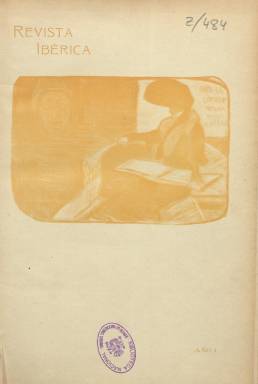
Título: Revista ibérica
Colección: Literatura || Cultura
Ámbito geográfico: Madrid
Lugar de publicación: Madrid
Fechas: 20/07/1902-30/09/1902

“De vida muy breve, es, no obstante, una revista muy interesante para los estudiosos del modernismo” (Celma Valero: 1991), que había quedado, probablemente por esa efímera vida, desconocida, hasta que el profesor Geoffrey Ribbans (1989) la sacó del olvido. Forma parte de la veintena de publicaciones adscritas al modernismo de entre siglos y en la misma se dieron cita unos escritores que entonces “estaban revolucionando el panorama literario español”, y J.J. Maklin (1982) señala que su tono es “marcadamente ecléctico”. Publicará sólo cinco entregas quincenales, desde el 20 de julio al 30 de septiembre de 1902, en pequeño formato y con una cubierta ilustrada dispuesta para encuadernar su colección, que alcanzó las 160 páginas (32 por número). Compuesta a una y dos columnas, salió de la imprenta madrileña de A. Marzo.

Bajo su título indica los asuntos de los que tratará: “literatura, pintura, música, escultura”. Su director, es Francisco Villaespesa Marín (1877-1936), que también dirigió otras revistas del mismo movimiento cultural; secretario de redacción, Pedro González Blanco (1879-1961); gerente, Adolfo R. Corvera, y director artístico, el abogado y dibujante Ricardo Marín (1874-1932), siendo, por tanto, una revista que dará importante y especial cuidado a las ilustraciones con dibujos de una factura, así mismo, experimental. Sus textos son de crítica y de creación literaria y artística, y dado su interés por la cultura europea y la manifestación, en concreto, de la portuguesa –de ahí el epíteto de su título- mostrará un claro cosmopolitismo. Además, tratará en sendos artículos una cuestión fundamental -la educación-, firmados por Francisco Giner de los Ríos (La educación de Filisteo) y Manuel Bartolomé Cossío.

Aparecen publicados poemas de Juan Ramón Jiménez, Antonio Machado, Ramón Pérez de Ayala, Antonio de Zayas, Eduardo Marquina o Manuel Reina, pero también (en portugués) de Silvio Rebello o Ribeiro de Carvalho, así como de J. Merrie. Narraciones, algunas de ellas del género teatral, de José María del Valle Inclán (La reina de Dalicám), Manuel Machado (Colombina), Jacinto Benavente (Intelecto de amor), Julio Lemos o Felipe Trigo (novela erótica), o de los portugueses Eugenio de Castro y Eduardo de Barros Lobo o de Camilo Bargiela (satírica).

Benavente publicará un estudio sobre el teatro de Ibsen; Pérez de Ayala, un esbozo impresionista sobre el poeta Stuart Merrill (traducirá su Poema del crepúsculo); Ángel Guerra, sobre Enrico Corradini; González Blanco, sobre Goethe; Edmundo de Amicis, sobre Gabriel D’Anunnzio; Manuel Cardía, sobre la literatura portuguesa, o el escritor francés Paul Bourget, sobre Flaubert. También Cossío lo hace sobre El Greco (fragmento de un estudio del arte en Toledo, con una fotografía de Laurens [sic]); Alfonso Xavier de Castro, sobre el Museo del Prado; el portugués Manuel Laranjeira, sobre Arte nuevo (contra el simbolismo), o Rafael Altamira. González Blanco firmará el único artículo sobre filosofía.

Rubens Darío publica Responso a Verlaine; Miguel de Unamuno, Autorretrato y El humorismo. Otros autores son Miguel Sarmiento, Nicolás María López, Juan Nector, José Durbán Orozco, Guerra Junqueiro, Mauricio Dusolier, Angelo Conti, además del propio director, Francisco Villaespesa.

Ricardo Marín será el principal de sus ilustradores con dibujos, uno de ellos un retrato del propio Valle Inclán. Ricardo Baroja ilustra también con un dibujo el poema Salmodias de abril, de Antonio Machado. Otro de sus dibujantes es Monteserín.

Entre la bibliografía de referencia citamos la de Marlene Gottlieb (1995), Andújar Almansa (2004) y Suárez Miramón (2006).